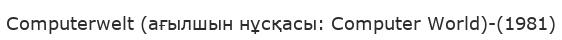
Computerwelt (ағылшын нұсқасы: Computer World)-(1981)